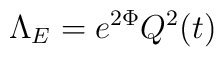
\Lambda_E = e^{2\Phi}Q^2(t)